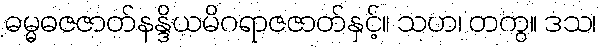
ဓမ္မဓဇဇာတ်နန္ဒိယမိဂရာဇဇာတ်နှင့်။ သဟ၊ တကွ။ ဒသ၊